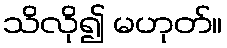
သိလို၍ မဟုတ်။